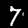
Label: 7